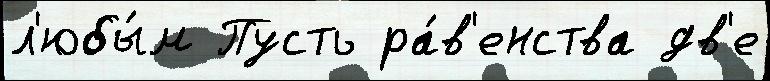
л'юбы́м Пусть ра́в'енства дв'е